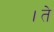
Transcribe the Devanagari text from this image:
।ते